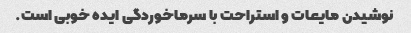
نوشیدن مایعات و استراحت با سرماخوردگی ایده خوبی است.